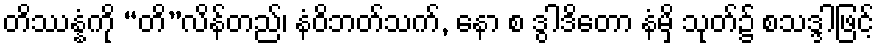
တိဿန္နံကို “တိ”လိန်တည်၊ နံဝိဘတ်သက်, နော စ ဒွါဒိတော နံမှိ သုတ်၌ စသဒ္ဒါဖြင့်